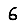
Digit: 6